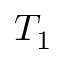
T _ { 1 }